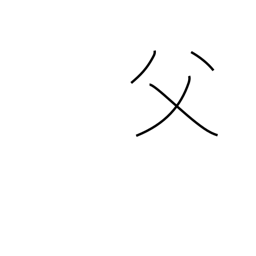
Meaning: father